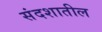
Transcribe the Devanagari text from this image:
संदशातील